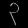
Digit: ၃